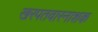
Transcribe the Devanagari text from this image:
खरपतवारनाशक